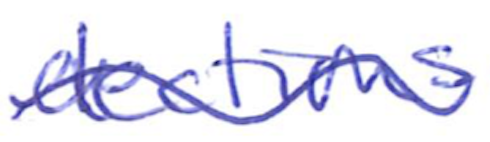
Text: elections
Cross-out: wave
Writing tool: ballpoint